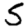
Digit: 5